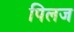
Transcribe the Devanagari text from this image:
पिलज